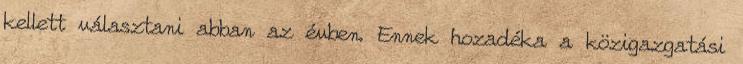
kellett választani abban az évben. Ennek hozadéka a közigazgatási